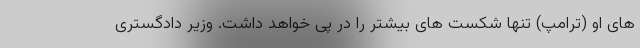
های او (ترامپ) تنها شکست های بیشتر را در پی خواهد داشت. وزیر دادگستری